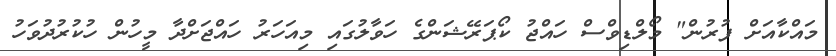
މައްކާއަށް ފުރުން" މޯލްޑިވްސް ހައްޖު ކޯޕަރޭޝަންގެ ހަވާލުގައި މިއަހަރު ހައްޖަށްދާ މީހުން ހުކުރުދުވަހު